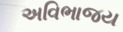
અવિભાજય